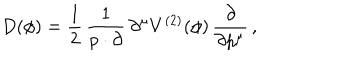
D ( \phi ) = \frac { 1 } { 2 } \, \frac { 1 } { p \cdot \partial } \, \partial ^ { \mu } V ^ { ( 2 ) } ( \phi ) \, \frac { \partial } { \partial p ^ { \mu } } \, ,